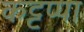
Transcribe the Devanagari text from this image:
कट्टप्पा